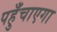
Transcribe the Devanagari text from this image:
पहुँचाएगा